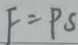
F = P S